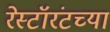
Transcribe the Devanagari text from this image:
रेस्टॉरंटच्या